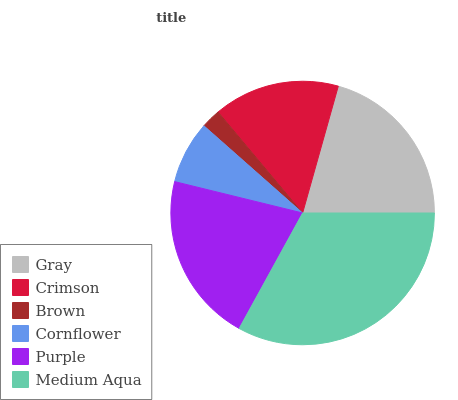
| Gray | Crimson | Brown | Cornflower | Purple | Medium Aqua |
 | --- | --- | --- | --- | --- | --- |
 | 20.7% | 15.5% | 2.39% | 7.69% | 20.8% | 32.9% |